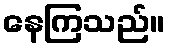
နေကြသည်။